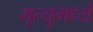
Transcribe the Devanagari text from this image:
मृत्युमध्ये